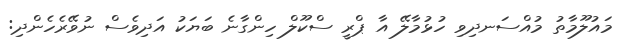
މައުލޫމާތު މުއްސަނދިވި ހުޅުމާލޭ އާ ޕްރީ ސްކޫލް ހިންގާނެ ބަޔަކު އަދިވެސް ނުވޭރެހެންދި: